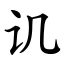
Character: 讥